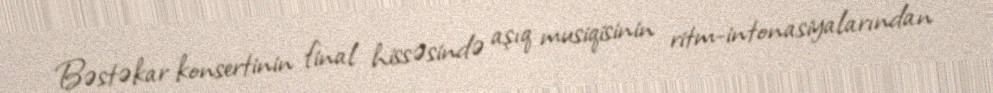
Bəstəkar konsertinin final hissəsində aşıq musiqisinin ritm-intonasiyalarından